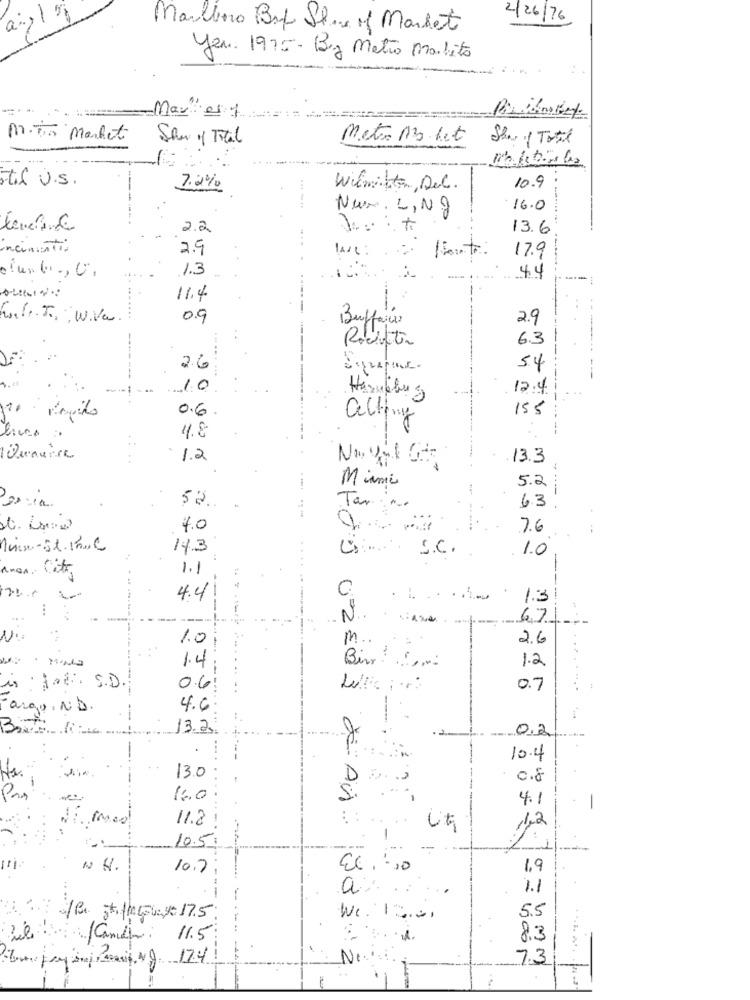
2/26/76
Marklino But Share of Market
Year. 1975 - Bez Metro malito
Maves y
M.To Market
Show y Total
Metoo 13 let
Shar 1 Total
stil U.S.
7.2%
Wiemitte, Dec.
10.9
Num. L, NO
16.0
.--------
2.2
13.6
incimenti
2.9
17.9
1.3
44
11.4
----
0.9
Buffers
2.9
6.3
Rociotin
26
54
10
12.4
Hazuplug
0.6
155
acting
4.8
......
Quanise
1.2
2
-
.13.3
Miami
- -.
5.2
----
Tar.
63.
52.
7.0
7.6
Min-St. I.C
14.3
S.C.
1.0
Aman. City
1.1
4
. ...
4.41
1.3
-
----
N.
671
N .:
1.0
m
2.6
-
Bin
1.4
1.2
is
Hat. S.D.
0.6
0.7
..... .
arge
. N.D.
4.6
13.2.
0.2
-
10.4
13.0
0.8
16.0
4.1
11.8
15
10.5.
1
1
N. H.
10.7
1.9
a
1.1
5.5
: /Best, flatrate 17.5
We. 13.00
Cambio: 11.5:
8.3
--
N
7.3